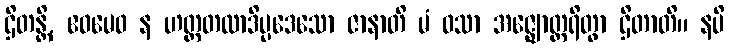
ဌိတန္တိ, ဧဝမေဝ န ဟတ္ထတလာဒိပ္ပဒေသော ဇာနာတိ မံ ဝသာ အဇ္ဈောတ္ထရိတွာ ဌိတာတိ။ နပိ